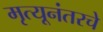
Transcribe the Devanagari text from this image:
मृत्यूनंतरचे